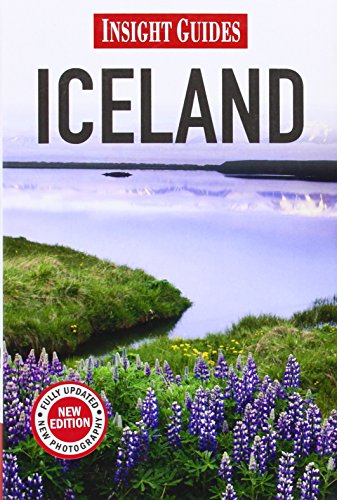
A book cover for Iceland (Insight Guides); Insight Guides; Travel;